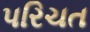
પરિચત